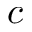
c